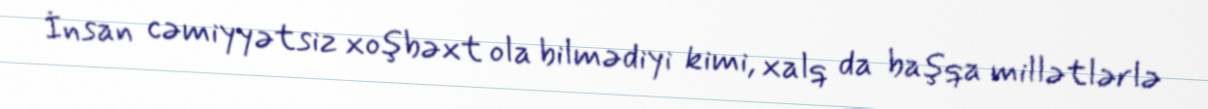
İnsan cəmiyyətsiz xoşbəxt ola bilmədiyi kimi, xalq da başqa millətlərlə